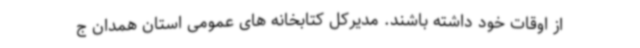
از اوقات خود داشته باشند. مدیرکل کتابخانه های عمومی استان همدان ج